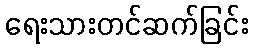
ရေးသားတင်ဆက်ခြင်း